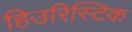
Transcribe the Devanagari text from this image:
हिउरिस्टिक